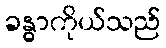
ခန္ဓာကိုယ်သည်